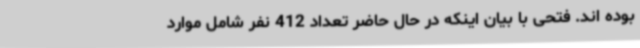
بوده اند. فتحی با بیان اینکه در حال حاضر تعداد 412 نفر شامل موارد